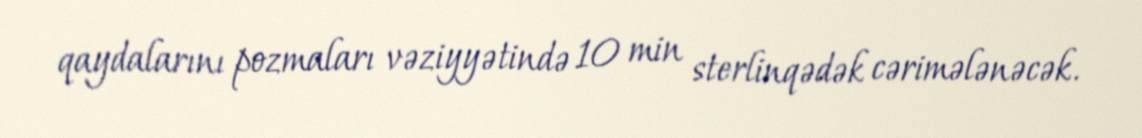
qaydalarını pozmaları vəziyyətində 10 min sterlinqədək cərimələnəcək.